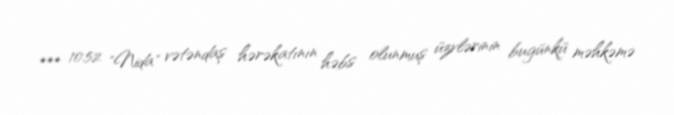
*** 10.52 "Nida" vətəndaş hərəkatının həbs olunmuş üzvlərinin bugünkü məhkəmə